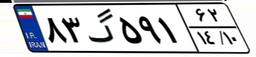
۸۳گ۵۹۱۶۲